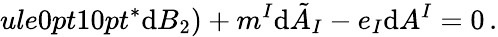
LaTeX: ule{0pt}{10pt}^{*}\mathrm{d}B_{2})+m^{I}\mathrm{d}\tilde{{A}}_{I}-e_{I}\mathrm{d}A^{I}=0\, .